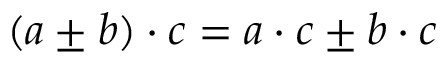
( a \pm b ) \cdot c = a \cdot c \pm b \cdot c